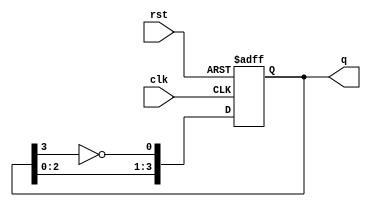
module johnson_counter (
    input wire clk,        // Clock input
    input wire rst,        // Reset input
    output reg [3:0] q     // 4-bit output for the counter
);

// Johnson counter functionality
always @(posedge clk or posedge rst) begin
    if (rst) begin
        q <= 4'b0000;      // Reset the counter to 0000
    end else begin
        // Johnson counter logic
        q[0] <= ~q[3];     // Invert the last flip-flop output and feed it to the first flip-flop
        q[3:1] <= q[2:0];  // Shift the values of the flip-flops
    end
end

endmodule